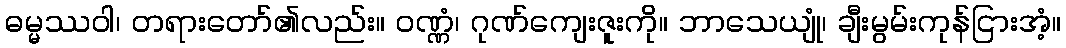
ဓမ္မဿဝါ၊ တရားတော်၏လည်း။ ဝဏ္ဏံ၊ ဂုဏ်ကျေးဇူးကို။ ဘာသေယျုံ၊ ချီးမွမ်းကုန်ငြားအံ့။